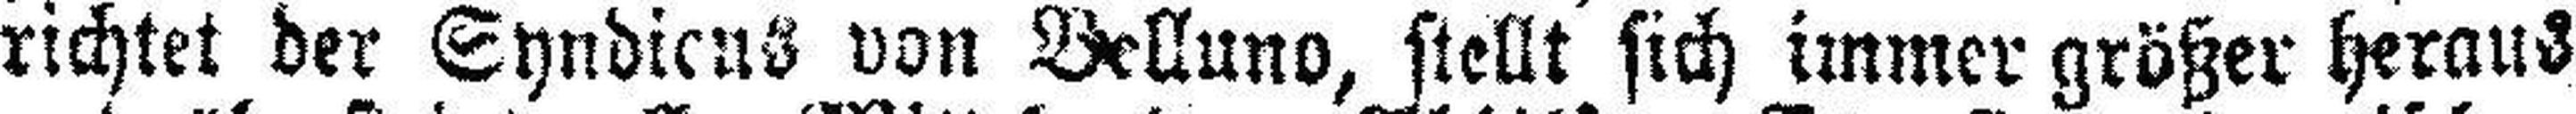
richtet der Syndicus von Belluno, stellt sich immer größer heraus